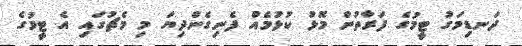
ދަނޑިމަގު ޓީމުގެ ފަރާތުން މޮޅު ކުޅުމެއް ފެނިގެންދިޔަ މި މެޗުގައި އެ ޓީމުގެ